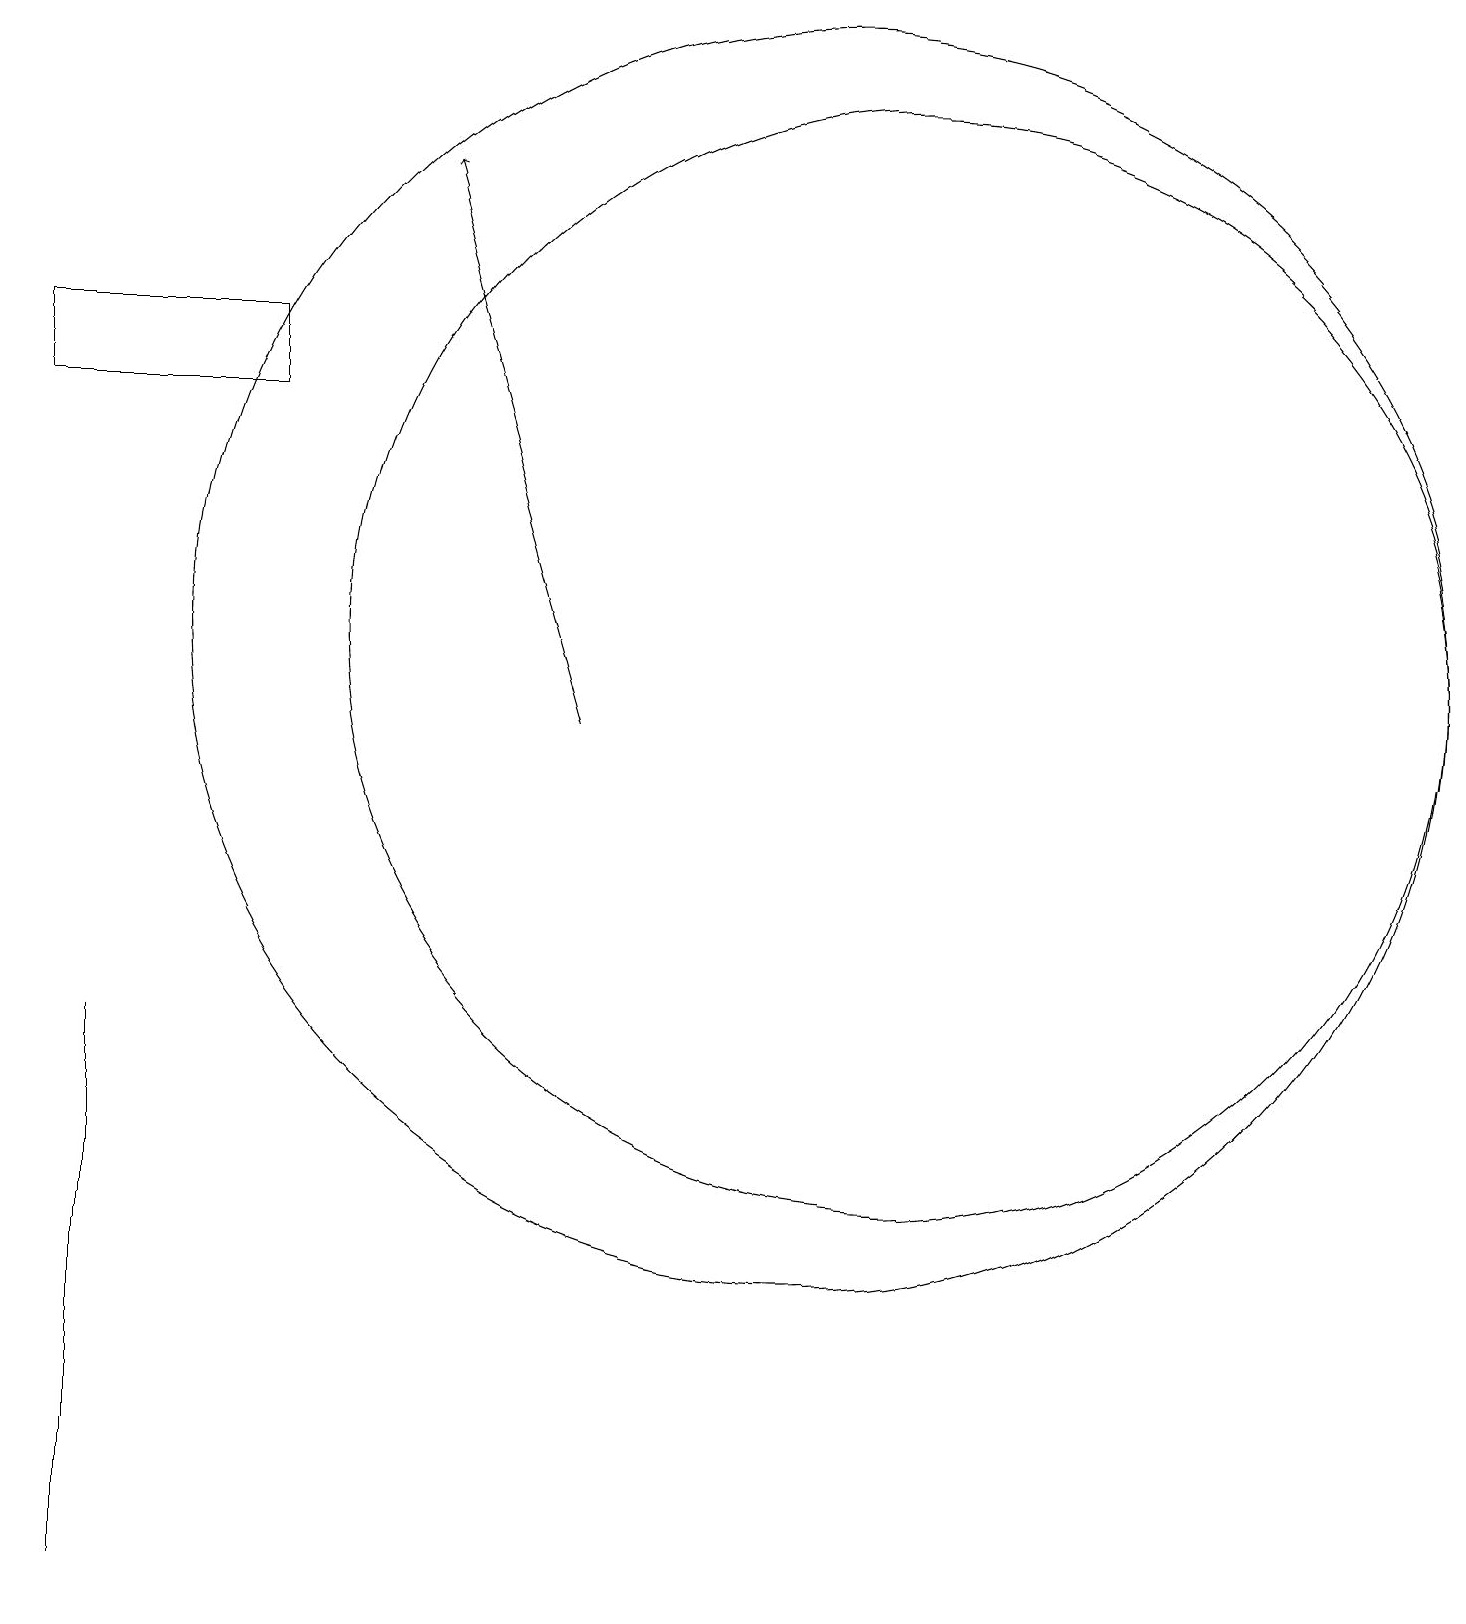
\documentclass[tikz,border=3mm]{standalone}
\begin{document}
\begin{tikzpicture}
\draw (1,16) rectangle (4,15);
\draw (2,3) -- (2,7) -- (2,0) -- cycle;
\draw (11,12) circle (8);
\draw (12,12) circle (7);
\draw[->] (8,11) -- (6,18);
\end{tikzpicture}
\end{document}